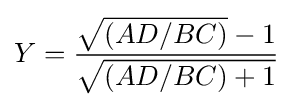
Y={{\sqrt {(AD/BC)}}-1 \over {\sqrt {(AD/BC)+1}}}